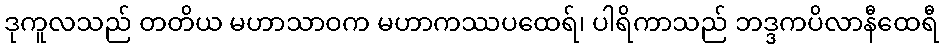
ဒုကူလသည် တတိယ မဟာသာဝက မဟာကဿပထေရ်၊ ပါရိကာသည် ဘဒ္ဒကပိလာနီထေရီ